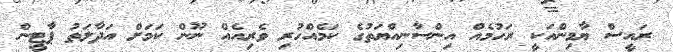
ރައީސް ޔާމިންއަކީ ރަހުމެއް އިންސާނިއްޔަތުގެ ކަމެއްހުރި ވެރިއެއް ނޫން ކަމަށް އަދާލަތު ޕާޓީން